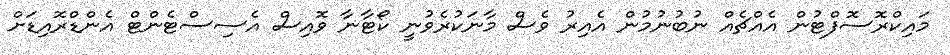
މައިކްރޮސޮފްޓުން އެއްޗެއް ނުބުނުމުން އެއިރު ވެސް މާނަކުރެވުނީ ކޯޓާނާ ވޮއިސް އެސިސްޓެންޓް އެންޑްރޮއިޑަށް